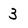
Character: 3